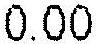
0.00